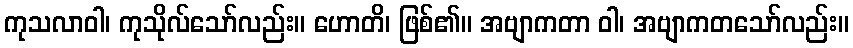
ကုသလာဝါ၊ ကုသိုလ်သော်လည်း။ ဟောတိ၊ ဖြစ်၏။ အဗျာကတာ ဝါ၊ အဗျာကတသော်လည်း။